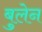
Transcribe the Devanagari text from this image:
बुलेन